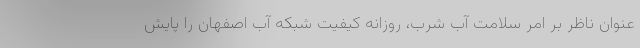
عنوان ناظر بر امر سلامت آب شرب، روزانه کیفیت شبکه آب اصفهان را پایش